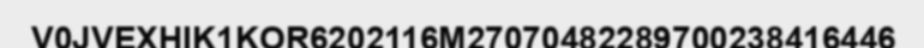
V0JVEXHIK1KOR6202116M27070482289700238416446